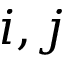
i , j